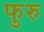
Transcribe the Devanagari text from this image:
फुरु